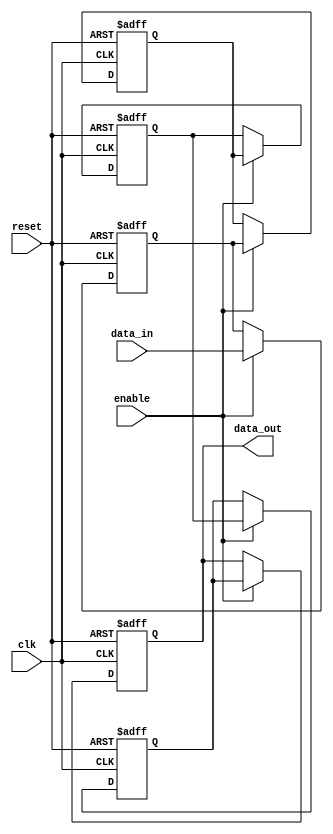
module pipeline_buffer #(
    parameter DEPTH = 4,  // Number of stages in the pipeline
    parameter WIDTH = 8   // Bit-width of the data
)(
    input wire clk,               // Clock signal
    input wire reset,             // Reset signal
    input wire enable,            // Enable signal
    input wire [WIDTH-1:0] data_in, // Input data
    output reg [WIDTH-1:0] data_out // Output data
);

    // Declare the registers for the pipeline stages
    reg [WIDTH-1:0] pipeline_reg [0:DEPTH-1];

    integer i;

    // Sequential logic for the pipeline buffer
    always @(posedge clk or posedge reset) begin
        if (reset) begin
            // Clear all pipeline registers on reset
            for (i = 0; i < DEPTH; i = i + 1) begin
                pipeline_reg[i] <= 0;
            end
            data_out <= 0; // Clear output on reset
        end else if (enable) begin
            // Shift data through the pipeline
            pipeline_reg[0] <= data_in; // Load new data into the first stage
            for (i = 1; i < DEPTH; i = i + 1) begin
                pipeline_reg[i] <= pipeline_reg[i-1]; // Shift data through the stages
            end
            data_out <= pipeline_reg[DEPTH-1]; // Output the last stage
        end
    end

endmodule